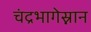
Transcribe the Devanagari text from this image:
चंद्रभागेस्नान